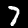
Label: 7